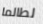
لطالما